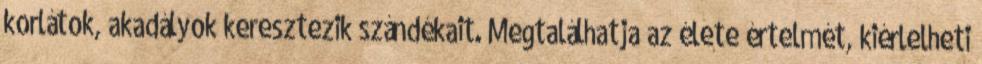
korlátok, akadályok keresztezik szándékait. Megtalálhatja az élete értelmét, kiérlelheti